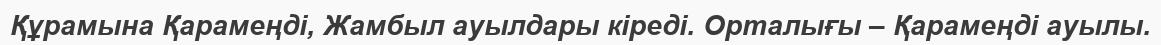
Құрамына Қарамеңді, Жамбыл ауылдары кіреді. Орталығы – Қарамеңді ауылы.